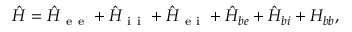
\begin{array} { r } { \hat { H } = \hat { H } _ { \mathrm { ~ e ~ e ~ } } + \hat { H } _ { \mathrm { ~ i ~ i ~ } } + \hat { H } _ { \mathrm { ~ e ~ i ~ } } + \hat { H } _ { b e } + \hat { H } _ { b i } + H _ { b b } , } \end{array}